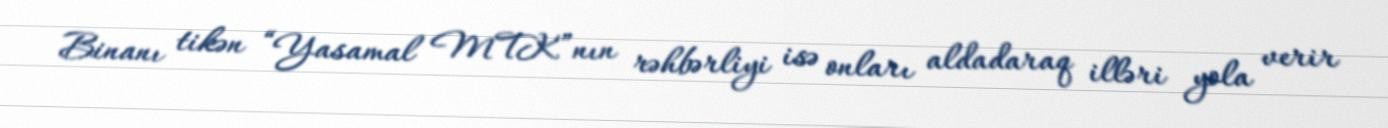
Binanı tikən “Yasamal MTK”nın rəhbərliyi isə onları aldadaraq illəri yola verir